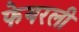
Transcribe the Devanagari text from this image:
फेयरली